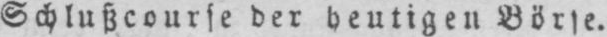
Schlußcourse der heutigen Börse.